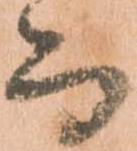
而